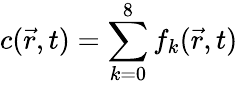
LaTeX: c(\vec{r},t)=\sum_{k=0}^{8}f_{k}(\vec{r},t)